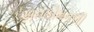
અનકોમનલી